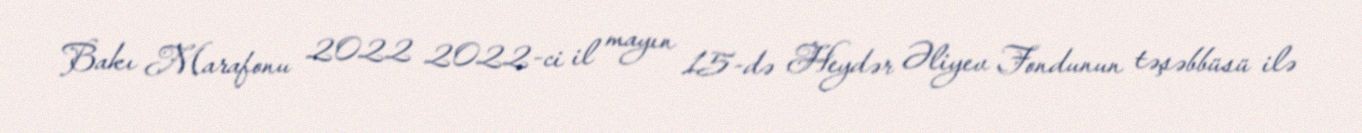
Bakı Marafonu 2022 2022-ci il mayın 15-də Heydər Əliyev Fondunun təşəbbüsü ilə